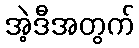
အဲ့ဒီအတွက်